Reports on military cantonments and civil stations in the Presidency of Bombay inspected by the Sanitary Commissioner in the years 1875 and 1876
Year: 1875
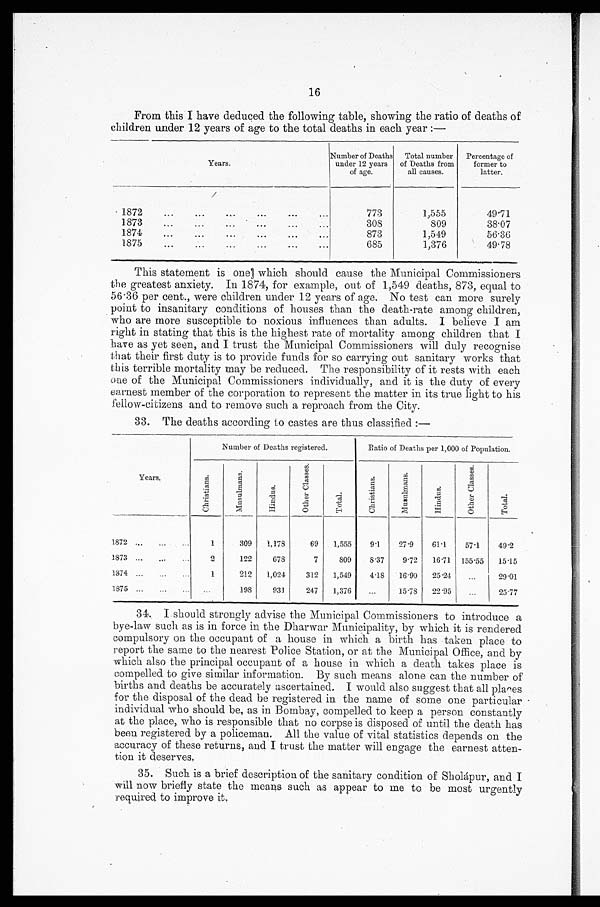
16
From this I have deduced the following table, showing the ratio of deaths of
children under 12 years of age to the total deaths in each year:—
Y e a r s .
Number of Deaths
under 12 years
of age.
Total number
of Deaths from
all causes.
Percentage of
former to
latter.
1872 . . .
773
1,555
49.71
1873 . . .
308
809
38.07
1874 . . .
873
1,549
56.36
1875 . . .
685
1,376
49.78
This statement is one which should cause the Municipal Commissioners
the greatest anxiety. In 1874, for example, out of 1,549 deaths, 873, equal to
56.36 per cent., were children under 12 years of age. No test can more surely
point to insanitary conditions of houses than the death-rate among children,
who are more susceptible to noxious influences than adults. I believe I am
right in stating that this is the highest rate of mortality among children that I
have as yet seen, and I trust the Municipal Commissioners will duly recognise
that their first duty is to provide funds for so carrying out sanitary works that
this terrible mortality may be reduced. The responsibility of it rests with each
one of the Municipal Commissioners individually, and it is the duty of every
earnest member of the corporation to represent the matter in its true light to his
fellow-citizens and to remove such a reproach from the City.
33. The deaths according to castes are thus classified:—
Years.
Number of Deaths registered.
Ratio of Deaths per 1,000 of Population.
C h r i s t i a n s .
M u s u l m a n s .
H i n d u s .
O t h e r C l a s s e s .
T o t a l .
C h r i s t i a n s .
M u s u l m a n s .
H i n d u s .
O t h e r C l a s s e s .
T o t a l .
1872 . . .
1
309 1,178
69 1,555
9.1
27.9
61.1
57.1
49.2
1873 . . .
2
122
678
7
809
8.37
9.72 16.71 155.55 15.15
1874 . . .
1
212 1,024
312 1,549
4.18 16.90 25.24
. . . 29.01
1875 . . .
. . .
1 9 8
9 3 1
247 1,376
. . . 15.78 22.95
. . . 25.77
34. I should strongly advise the Municipal Commissioners to introduce a
bye-law such as is in force in the Dharwar Municipality, by which it is rendered
compulsory on the occupant of a house in which a birth has taken place to
report the same to the nearest Police Station, or at the Municipal Office, and by
which also the principal occupant of a house in which a death takes place is
compelled to give similar information. By such means alone can the number of
births and deaths be accurately ascertained. I would also suggest that all places
for the disposal of the dead be registered in the name of some one particular
individual who should be, as in Bombay, compelled to keep a person constantly
at the place, who is responsible that no corpse is disposed of until the death has
been registered by a policeman. All the value of vital statistics depends on the
accuracy of these returns, and I trust the matter will engage the earnest atten
- t i o n i t d e s e r v e s .
35. Such is a brief description of the sanitary condition of Sholápur, and I
will now briefly state the means such as appear to me to be most urgently
required to improve it.